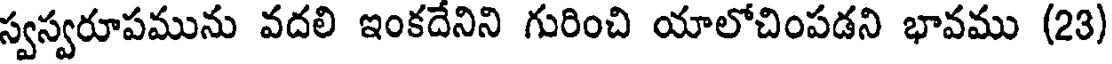
స్వస్వరూపమును వదలి ఇంకదేనిని గురించి యాలోచింపడని భావము (23)